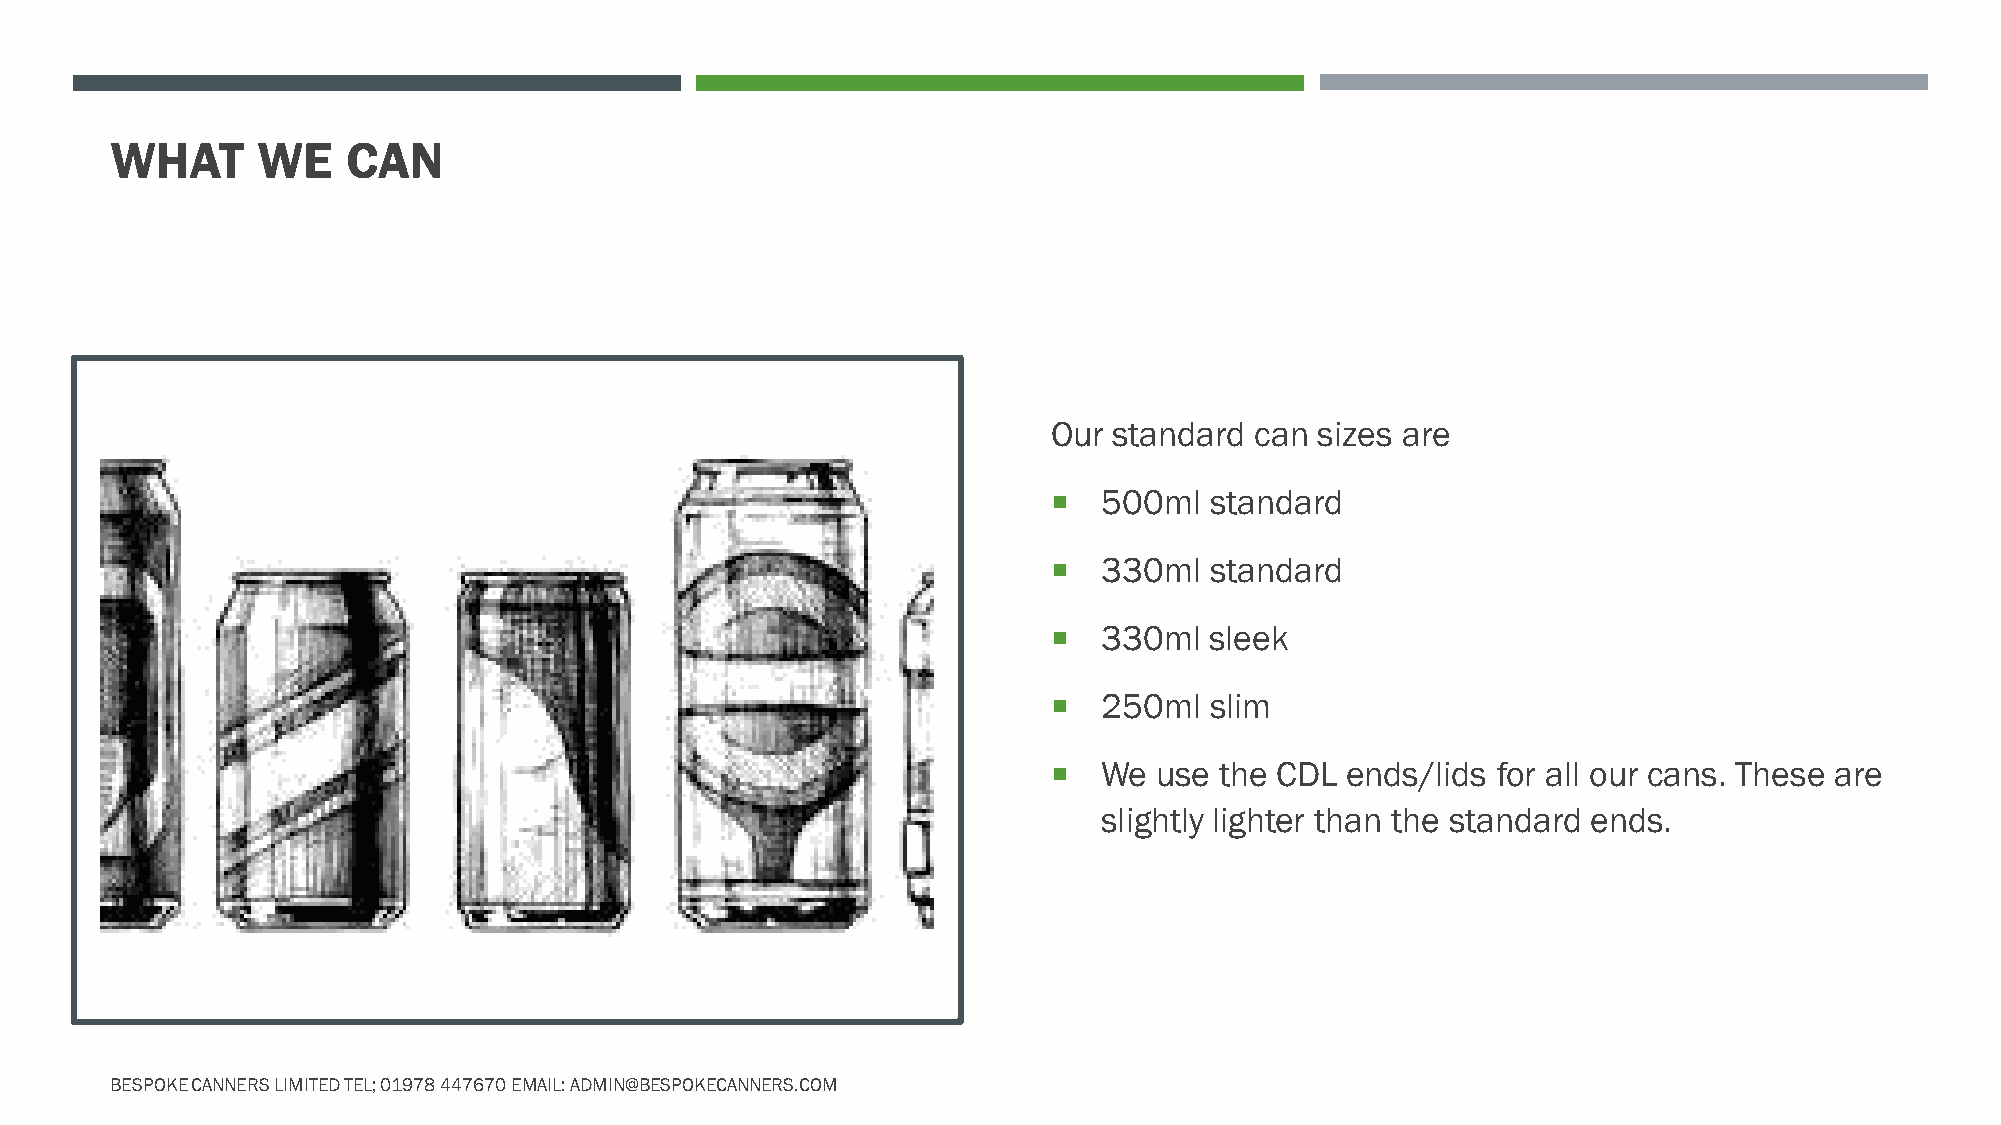
WHAT      WE    CAN
 Our standard can sizes are
   500ml  standard
   330ml  standard
   330ml  sleek
   250ml  slim
   We  use the CDL ends/lids for all our cans. These are
 slightly lighter than the standard ends.
 BESPOKE CANNERS LIMITED TEL; 01978 447670 EMAIL: ADMIN@BESPOKECANNERS.COM